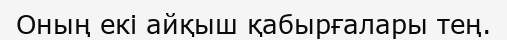
Оның екі айқыш қабырғалары тең.